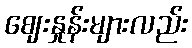
ဈေးနှုန်းများလည်း